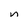
Character: n